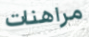
مراهنات